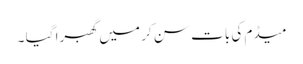
میڈم کی بات سن کر میں گھبرا گیا ۔